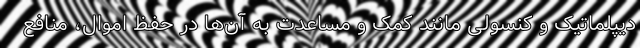
دیپلماتیک و کنسولی مانند کمک و مساعدت به آن‌ها در حفظ اموال، منافع